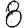
Digit: 8